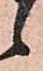
候